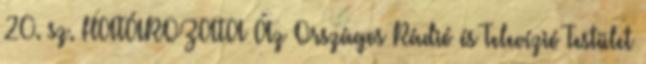
20. sz. HATÁROZATA Az Országos Rádió és Televízió Testület